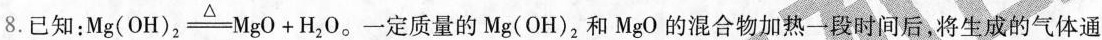
8.已知：$$Mg（OH）_ { 2 } xlongequal [ ] ( { \bigtriangleup } Mgo +H _ { 2 } O$$。一定质量的Mg（OH）_{2}和和MgO的混合物加热一段时间后，将生成的气体通